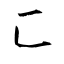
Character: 匚